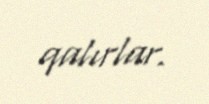
qalırlar.